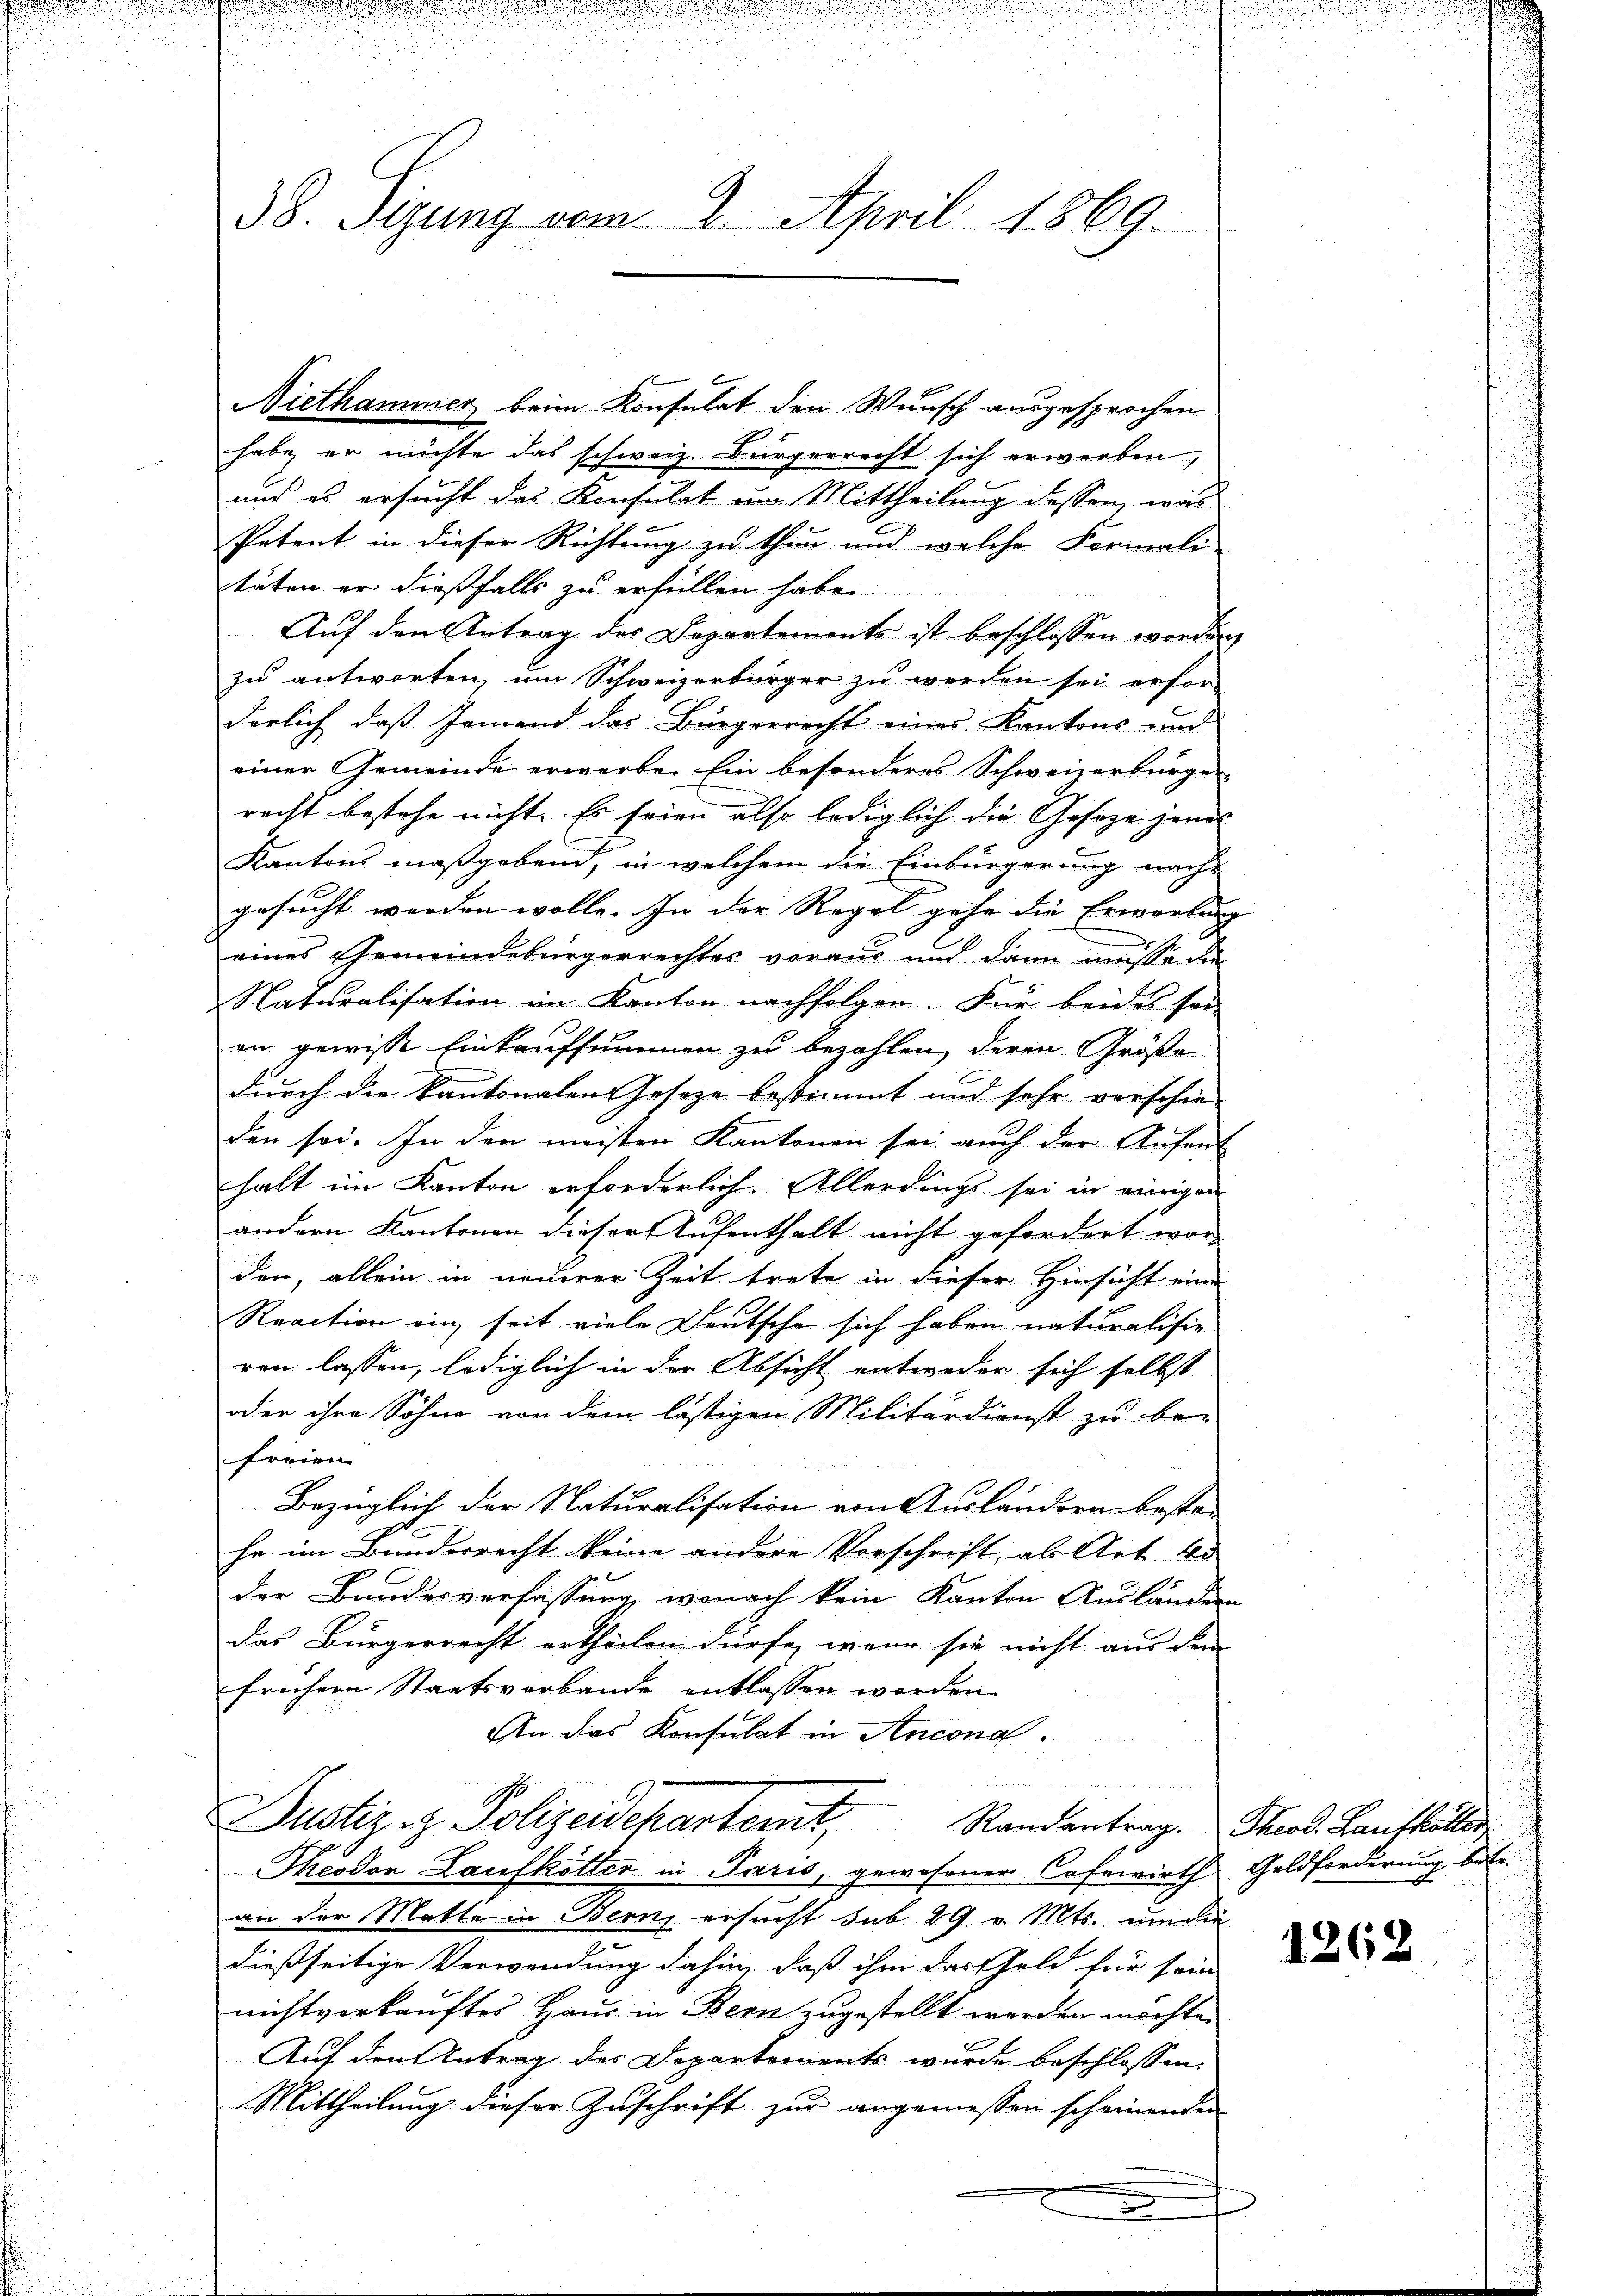
38. Sizung vom 2. April 1869.

habe, er möchte das schweiz. Bürgerrecht sich erwerben,
und es ersucht das Konsulat um Mittheilung dessen, was
Petent in dieser Richtung zu thun und welche Formali-
täten er dießfalls zu erfüllen habe.
Auf den Antrag des Departements ist beschlossen werden,
zu antworten, um Schweizerbürger zu werden sei erfor
dörlich, daß Jemand des Bürgerricht eines Kantons und
einer Gemeinde erwerbe. Ein besonderes Schweizerbürger
recht bestehe nicht. Es seien also lediglich die Geseze jenes
Kantons maßgebend, in welchem die Einbürgerung nachs
gesucht werden wolle. In der Regel gehe die Erwartung
eines Gemeindebürgerrechtes voraus und dann müsse die
Naturalisation im Kanton nachfolgen. Für beides sei
an gewisse Einkaufsummen zu bezahlen, deren Größe
durch die kantonalen Geseze bestimmt und sehr verschie-
den sei. In den meisten Kantonen sei auch der Aufent
halt im Kanton erforderlich. Allerdings sei in einigen
andern Kantonen dieser Aufenthalt nicht gefordert wor-
den, allein in neuerer Zeit trete in dieser Hinsicht eine
Reaction ein seit viele Deutsche sich haben naturalisie
ren lassen, lediglich in der Absicht entweder sich selbst
oder ihre Söhne von dem lästigen Militärdienst zu be-
freien.
Bezüglich der Naturalisation von Ausländern bestehe im Bundesrecht keine andere Vorschrift, als Art. 40
der Bundesverfassung, wonach kein Kanton Ausländern
das Bürgerrecht ertheilen dürfe, wenn sie nicht aus dem
frühern Staatsverbande entlassen worden.
An des Konsulat in Antona¬
Justiz- & Polizeidepartert, Randantrag. Theol. Lausbillig
Theodon Laufkötter in Paris, gewesener Casewirth Geldforderung betr.
an der Matte in Bern, ersucht sub 29. v. Mts. um die
dießseitige Verwendung dahin, daß ihm das Geld für sein
nichtverkauftes Haus in Bern zugestellt werden möchte.
Auf den Antrag des Departements wurde beschlossen:
Mittheilung dieser Zuschrift zur angemessen scheinenden
e

Niethammer beim Konsulat den Wunsch ausgesprochen

.

1262